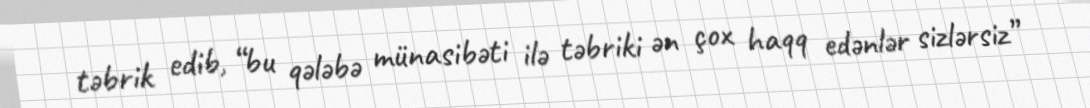
təbrik edib, “bu qələbə münasibəti ilə təbriki ən çox haqq edənlər sizlərsiz”